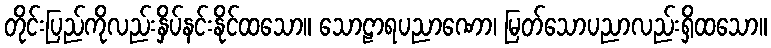
တိုင်းပြည်ကိုလည်းနှိပ်နင်းနိုင်ထသော။ သောဠာရပညာဏော၊ မြတ်သောပညာလည်းရှိထသော။